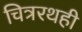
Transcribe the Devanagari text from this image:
चित्ररथही